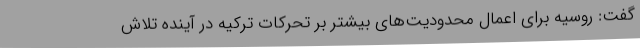
گفت: روسیه برای اعمال محدودیت‌های بیشتر بر تحرکات ترکیه در آینده تلاش